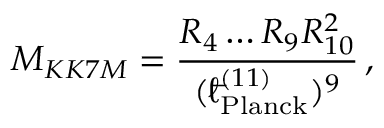
M _ { K K 7 M } = \frac { R _ { 4 } \ldots R _ { 9 } R _ { 1 0 } ^ { 2 } } { ( { } ^ { - } \! \! \! \! \ell _ { \mathrm { P l a n c k } } ^ { ( 1 1 ) } ) ^ { 9 } } \, ,